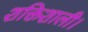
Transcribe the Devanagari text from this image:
शक्तिशाली।